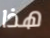
هذا